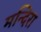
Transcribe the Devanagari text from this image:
मन्दिरा